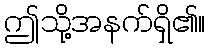
ဤသို့အနက်ရှိ၏။